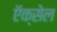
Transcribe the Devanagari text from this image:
ऍक्सेल